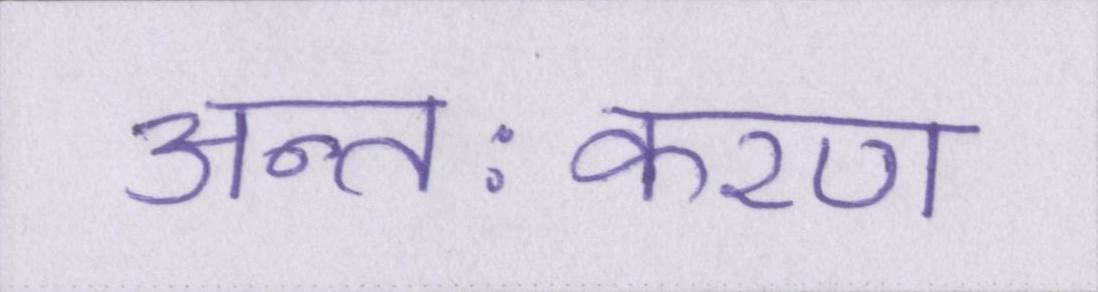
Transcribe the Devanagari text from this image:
अन्तःकरण